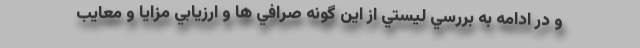
و در ادامه به بررسي ليستي از اين گونه صرافي ها و ارزيابي مزايا و معايب